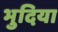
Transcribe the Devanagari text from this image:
भुदिया